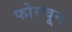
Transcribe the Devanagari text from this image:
फोरचून